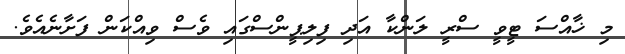
މި ޚާއްސަ ޓީވީ ސްރީ ލަންކާ އަދި ފިލިޕީންސްގައި ވެސް ވިއްކަން ފަށާނެއެވެ.